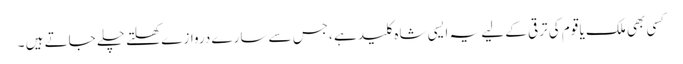
کسی بھی ملک یا قوم کی ترقی کے لیے یہ ایسی شاہ کلید ہے ،جس سے سارے دروازے کھلتے چلے جاتے ہیں ۔